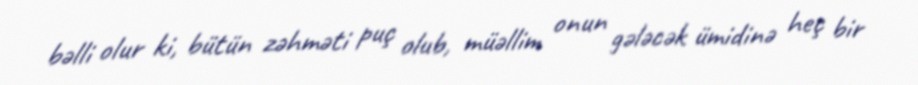
bəlli olur ki, bütün zəhməti puç olub, müəllim onun gələcək ümidinə heç bir